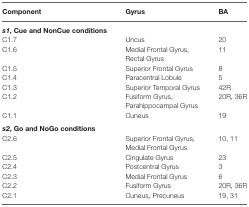
<table><thead><tr><td><b>Component</b></td><td><b>Gyrus</b></td><td><b>BA</b></td></tr></thead><tbody><tr><td><b><i>s1</i>, Cue and NonCue conditions</b></td></tr><tr><td>C1.7</td><td>Uncus</td><td>20</td></tr><tr><td>C1.6</td><td>Medial Frontal Gyrus,</td><td>11</td></tr><tr><td></td><td>Rectal Gyrus</td><td></td></tr><tr><td>C1.5</td><td>Superior Frontal Gyrus</td><td>8</td></tr><tr><td>C1.4</td><td>Paracentral Lobule</td><td>5</td></tr><tr><td>C1.3</td><td>Superior Temporal Gyrus</td><td>42R</td></tr><tr><td>C1.2</td><td>Fusiform Gyrus,</td><td>20R, 36R</td></tr><tr><td></td><td>Parahippocampal Gyrus</td><td></td></tr><tr><td>C1.1</td><td>Cuneus</td><td>19</td></tr><tr><td><b><i>s2</i>, Go and NoGo conditions</b></td></tr><tr><td>C2.6</td><td>Superior Frontal Gyrus,</td><td>10, 11</td></tr><tr><td></td><td>Medial Frontal Gyrus</td><td></td></tr><tr><td>C2.5</td><td>Cingulate Gyrus</td><td>23</td></tr><tr><td>C2.4</td><td>Postcentral Gyrus</td><td>3</td></tr><tr><td>C2.3</td><td>Medial Frontal Gyrus</td><td>6</td></tr><tr><td>C2.2</td><td>Fusiform Gyrus</td><td>20R, 36R</td></tr><tr><td>C2.1</td><td>Cuneus, Precuneus</td><td>19, 31</td></tr></tbody></table>